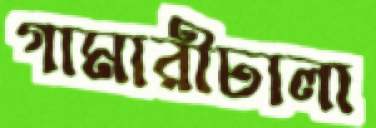
গামারীঢালা